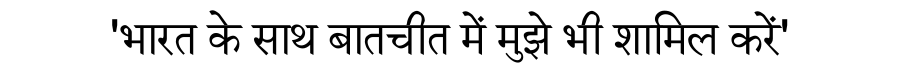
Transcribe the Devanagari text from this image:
'भारत के साथ बातचीत में मुझे भी शामिल करें'